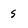
Character: 5